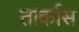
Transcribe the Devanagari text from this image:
तार्कास